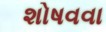
શોષવવા